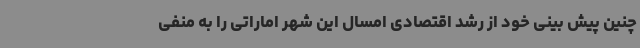
چنین پیش بینی خود از رشد اقتصادی امسال این شهر اماراتی را به منفی